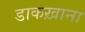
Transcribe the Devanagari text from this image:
डाकख़ाना